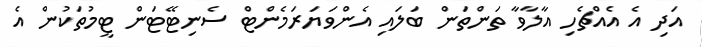
އަދި އެ އެއްޗެހި އާލާވާ ތަންތަން ބަލައި އެންވަޔަރަމެންޓް ސެނިޓޭޓަން ޓީމުތަކުން އެ